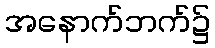
အနောက်ဘက်၌